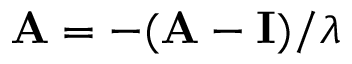
\overset { \triangledown } { \mathbf { A } } = - ( \mathbf A - \mathbf I ) / \lambda